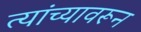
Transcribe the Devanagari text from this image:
त्यांच्यावरून